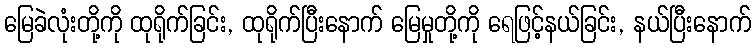
မြေခဲလုံးတို့ကို ထုရိုက်ခြင်း, ထုရိုက်ပြီးနောက် မြေမှုတို့ကို ရေဖြင့်နယ်ခြင်း, နယ်ပြီးနောက်